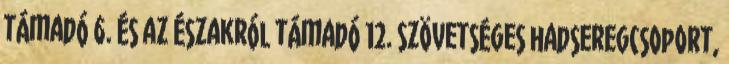
támadó 6. és az északról támadó 12. szövetséges hadseregcsoport,